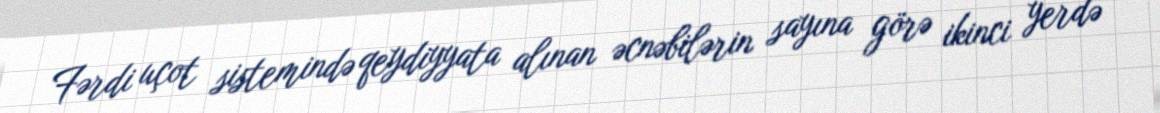
Fərdi uçot sistemində qeydiyyata alınan əcnəbilərin sayına görə ikinci yerdə